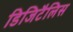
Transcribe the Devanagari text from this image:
डिजिटैलिस